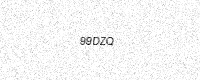
Text: 99DZQ